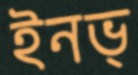
ইনভ্